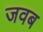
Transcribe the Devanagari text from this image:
जवब